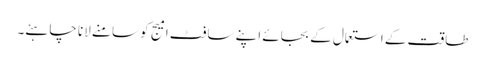
طاقت کے استعمال کے بجائے اپنے سافٹ امیج کو سامنے لانا چاہئے۔